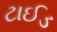
ટાઈડ